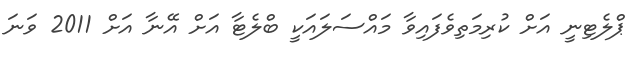
ޕްލެޓިނީ އަށް ކުރިމަތިވެފައިވާ މައްސަލައަކީ ބްލެޓާ އަށް އޭނާ އަށް 2011 ވަނަ